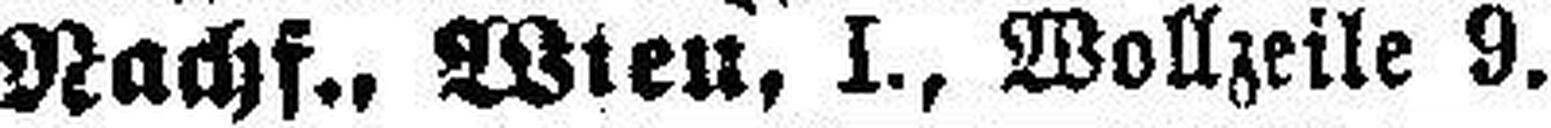
Nachf., Wien, I., Wollzeile 9.